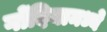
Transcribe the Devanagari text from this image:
गोंदियामध्ये